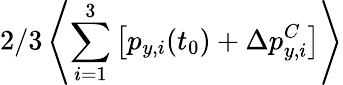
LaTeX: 2/3\left\langle\sum_{i=1}^{3}\left[p_{y,i}(t_{0})+\Delta p_{y,i}^{C}\right]\right\rangle